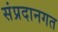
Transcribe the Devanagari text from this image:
संप्रदानगत